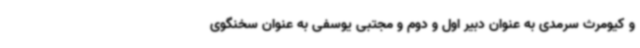
و کیومرث سرمدی به عنوان دبیر اول و دوم و مجتبی یوسفی به عنوان سخنگوی